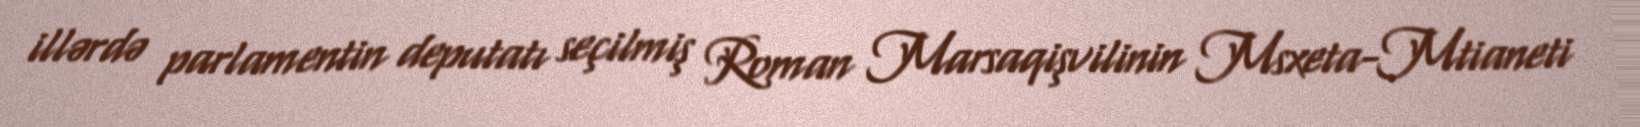
illərdə parlamentin deputatı seçilmiş Roman Marsaqişvilinin Msxeta-Mtianeti